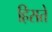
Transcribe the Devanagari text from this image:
हिसते